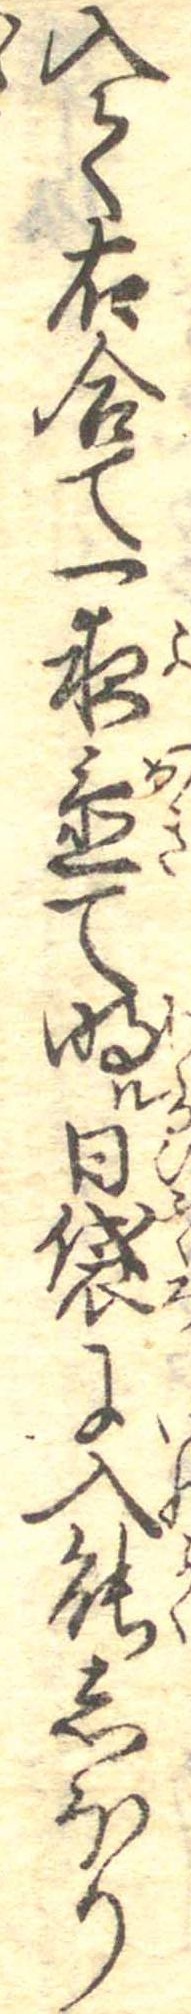
入て右合て一夜置て明ル日袋に入能しほり